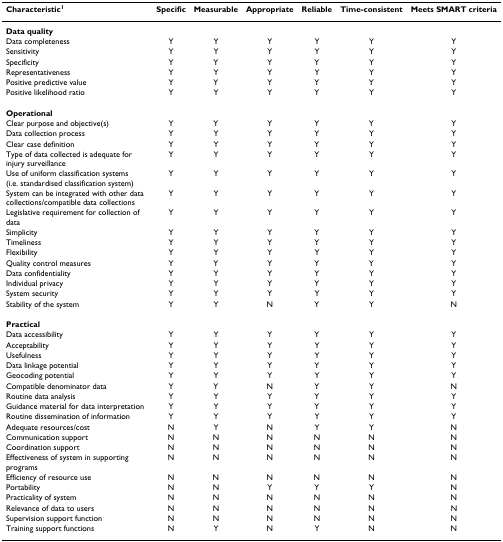
<table><thead><tr><td><b>Characteristic<sup>1</sup></b></td><td><b>Specific</b></td><td><b>Measurable</b></td><td><b>Appropriate</b></td><td><b>Reliable</b></td><td><b>Time-consistent</b></td><td><b>Meets SMART criteria</b></td></tr></thead><tbody><tr><td><b>Data quality</b></td><td></td><td></td><td></td><td></td><td></td><td></td></tr><tr><td>Data completeness</td><td>Y</td><td>Y</td><td>Y</td><td>Y</td><td>Y</td><td>Y</td></tr><tr><td>Sensitivity</td><td>Y</td><td>Y</td><td>Y</td><td>Y</td><td>Y</td><td>Y</td></tr><tr><td>Specificity</td><td>Y</td><td>Y</td><td>Y</td><td>Y</td><td>Y</td><td>Y</td></tr><tr><td>Representativeness</td><td>Y</td><td>Y</td><td>Y</td><td>Y</td><td>Y</td><td>Y</td></tr><tr><td>Positive predictive value</td><td>Y</td><td>Y</td><td>Y</td><td>Y</td><td>Y</td><td>Y</td></tr><tr><td>Positive likelihood ratio</td><td>Y</td><td>Y</td><td>Y</td><td>Y</td><td>Y</td><td>Y</td></tr><tr><td><b>Operational</b></td><td></td><td></td><td></td><td></td><td></td><td></td></tr><tr><td>Clear purpose and objective(s)</td><td>Y</td><td>Y</td><td>Y</td><td>Y</td><td>Y</td><td>Y</td></tr><tr><td>Data collection process</td><td>Y</td><td>Y</td><td>Y</td><td>Y</td><td>Y</td><td>Y</td></tr><tr><td>Clear case definition</td><td>Y</td><td>Y</td><td>Y</td><td>Y</td><td>Y</td><td>Y</td></tr><tr><td>Type of data collected is adequate for injury surveillance</td><td>Y</td><td>Y</td><td>Y</td><td>Y</td><td>Y</td><td>Y</td></tr><tr><td>Use of uniform classification systems (i.e. standardised classification system)</td><td>Y</td><td>Y</td><td>Y</td><td>Y</td><td>Y</td><td>Y</td></tr><tr><td>System can be integrated with other data collections/compatible data collections</td><td>Y</td><td>Y</td><td>Y</td><td>Y</td><td>Y</td><td>Y</td></tr><tr><td>Legislative requirement for collection of data</td><td>Y</td><td>Y</td><td>Y</td><td>Y</td><td>Y</td><td>Y</td></tr><tr><td>Simplicity</td><td>Y</td><td>Y</td><td>Y</td><td>Y</td><td>Y</td><td>Y</td></tr><tr><td>Timeliness</td><td>Y</td><td>Y</td><td>Y</td><td>Y</td><td>Y</td><td>Y</td></tr><tr><td>Flexibility</td><td>Y</td><td>Y</td><td>Y</td><td>Y</td><td>Y</td><td>Y</td></tr><tr><td>Quality control measures</td><td>Y</td><td>Y</td><td>Y</td><td>Y</td><td>Y</td><td>Y</td></tr><tr><td>Data confidentiality</td><td>Y</td><td>Y</td><td>Y</td><td>Y</td><td>Y</td><td>Y</td></tr><tr><td>Individual privacy</td><td>Y</td><td>Y</td><td>Y</td><td>Y</td><td>Y</td><td>Y</td></tr><tr><td>System security</td><td>Y</td><td>Y</td><td>Y</td><td>Y</td><td>Y</td><td>Y</td></tr><tr><td>Stability of the system</td><td>Y</td><td>Y</td><td>N</td><td>Y</td><td>Y</td><td>N</td></tr><tr><td><b>Practical</b></td><td></td><td></td><td></td><td></td><td></td><td></td></tr><tr><td>Data accessibility</td><td>Y</td><td>Y</td><td>Y</td><td>Y</td><td>Y</td><td>Y</td></tr><tr><td>Acceptability</td><td>Y</td><td>Y</td><td>Y</td><td>Y</td><td>Y</td><td>Y</td></tr><tr><td>Usefulness</td><td>Y</td><td>Y</td><td>Y</td><td>Y</td><td>Y</td><td>Y</td></tr><tr><td>Data linkage potential</td><td>Y</td><td>Y</td><td>Y</td><td>Y</td><td>Y</td><td>Y</td></tr><tr><td>Geocoding potential</td><td>Y</td><td>Y</td><td>Y</td><td>Y</td><td>Y</td><td>Y</td></tr><tr><td>Compatible denominator data</td><td>Y</td><td>Y</td><td>N</td><td>Y</td><td>Y</td><td>N</td></tr><tr><td>Routine data analysis</td><td>Y</td><td>Y</td><td>Y</td><td>Y</td><td>Y</td><td>Y</td></tr><tr><td>Guidance material for data interpretation</td><td>Y</td><td>Y</td><td>Y</td><td>Y</td><td>Y</td><td>Y</td></tr><tr><td>Routine dissemination of information</td><td>Y</td><td>Y</td><td>Y</td><td>Y</td><td>Y</td><td>Y</td></tr><tr><td>Adequate resources/cost</td><td>N</td><td>Y</td><td>N</td><td>Y</td><td>Y</td><td>N</td></tr><tr><td>Communication support</td><td>N</td><td>N</td><td>N</td><td>N</td><td>N</td><td>N</td></tr><tr><td>Coordination support</td><td>N</td><td>N</td><td>N</td><td>N</td><td>N</td><td>N</td></tr><tr><td>Effectiveness of system in supporting programs</td><td>N</td><td>N</td><td>N</td><td>N</td><td>N</td><td>N</td></tr><tr><td>Efficiency of resource use</td><td>N</td><td>N</td><td>N</td><td>N</td><td>N</td><td>N</td></tr><tr><td>Portability</td><td>N</td><td>N</td><td>Y</td><td>Y</td><td>Y</td><td>N</td></tr><tr><td>Practicality of system</td><td>N</td><td>N</td><td>N</td><td>N</td><td>N</td><td>N</td></tr><tr><td>Relevance of data to users</td><td>N</td><td>N</td><td>N</td><td>N</td><td>N</td><td>N</td></tr><tr><td>Supervision support function</td><td>N</td><td>N</td><td>N</td><td>N</td><td>N</td><td>N</td></tr><tr><td>Training support functions</td><td>N</td><td>Y</td><td>N</td><td>Y</td><td>N</td><td>N</td></tr></tbody></table>